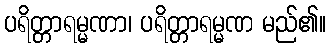
ပရိတ္တာရမ္မဏာ၊ ပရိတ္တာရမ္မဏ မည်၏။